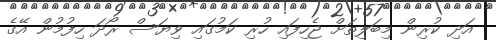
އަދި ކުރިން މިބަލިތަށް ޖެހިފައި ހުރި ކަމުގައި ވިޔަސް ރޯދަ ހިފުމުން އޭގެ